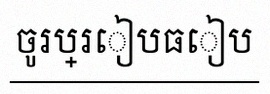
ចូរប្រៀបធៀប